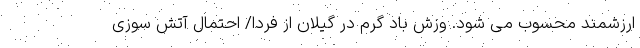
ارزشمند محسوب می شود. وزش باد گرم در گیلان از فردا/ احتمال آتش سوزی